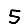
Digit: 5